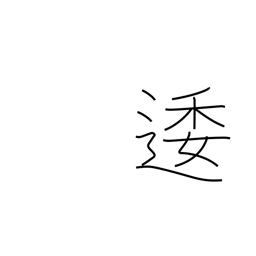
Meaning: winding